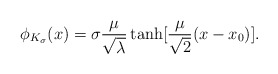
\begin{align*}\phi _{K_{\sigma }}(x)=\sigma \frac{\mu }{\sqrt{\lambda }}\tanh [\frac{\mu }{\sqrt{2}}(x-x_{0})].\end{align*}